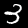
Label: 3